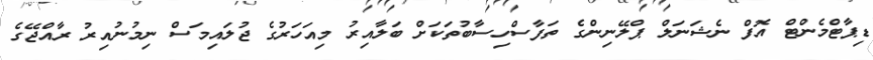
ޑިޕާޓްމެންޓް އޮފް ނެޝަނަލް ޕްލޭނިންގެ ތަފާސްހިސާބުތަކަށް ބަލާއިރު މިއަހަރުގެ ޖުލައިމަސް ނިމުނުއިރު ރާއްޖޭގެ